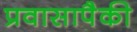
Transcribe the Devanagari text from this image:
प्रवासापैकी